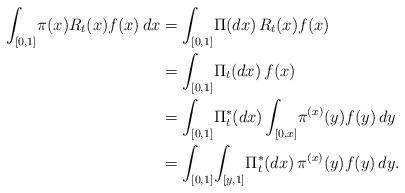
LaTeX: \begin{align*}\int_{[0,1]}\!\pi(x) R_t(x) f(x)\,dx&= \int_{[0,1]}\!\Pi(dx)\,R_t(x) f(x)\\&= \int_{[0,1]}\!\Pi_t(dx)\,f(x)\\&= \int_{[0,1]}\!\Pi_t^*(dx)\int_{[0,x]}\!\pi^{(x)}(y)f(y)\,dy\\&= \int_{[0,1]}\!\int_{[y,1]}\!\Pi^*_t(dx)\,\pi^{(x)}(y)f(y)\,dy.\end{align*}